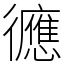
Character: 㣹